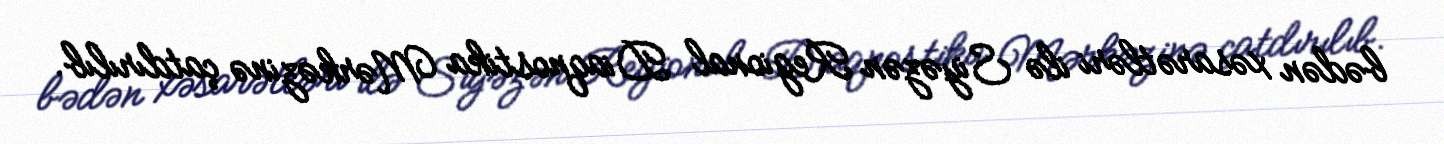
bədən xəsarətləri ilə Siyəzən Regional Diaqnostika Mərkəzinə çatdırılıb.